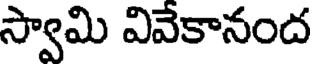
స్వామి వివేకానంద